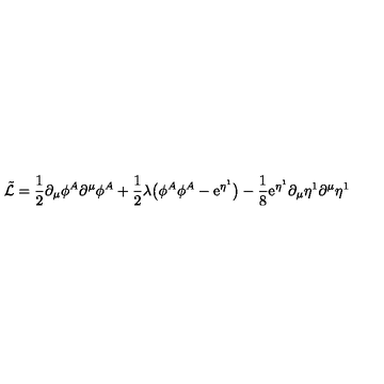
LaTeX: \tilde { \cal L } = \frac { 1 } { 2 } \partial _ { \mu } \phi ^ { A } \partial ^ { \mu } \phi ^ { A } + \frac { 1 } { 2 } \lambda \bigl ( \phi ^ { A } \phi ^ { A } - \mathrm { e } ^ { \eta ^ { 1 } } \bigr ) - \frac { 1 } { 8 } \mathrm { e } ^ { \eta ^ { 1 } } \partial _ { \mu } \eta ^ { 1 } \partial ^ { \mu } \eta ^ { 1 }